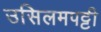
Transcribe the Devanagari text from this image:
उसिलमपट्टी